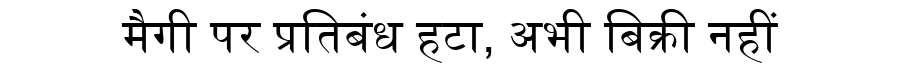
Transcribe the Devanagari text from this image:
मैगी पर प्रतिबंध हटा, अभी बिक्री नहीं